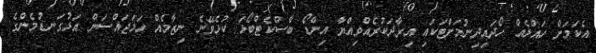
އެކަމަށް ހައްލެއް ހޯދައިދިނުމަށްޓަކައި އިރާދަކުރެއްވިއްޔާ އިންޑޯ ބާސްކެޓްބޯޅަ ކުޅެވޭނެ ނިޒާމެއް ހަމަޖައްސަން އަޅުގަނޑުމެންގެ